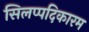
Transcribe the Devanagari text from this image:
सिलप्पदिकारम